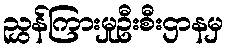
ညွှန်ကြားမှုဦးစီးဌာနမှ